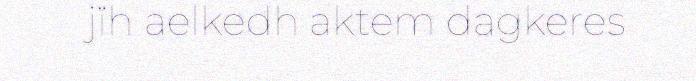
jïh aelkedh aktem dagkeres